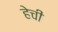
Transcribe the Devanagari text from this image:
हेची